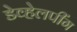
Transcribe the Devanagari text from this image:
डेव्हेलपींग